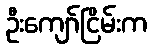
ဦးကျော်ငြိမ်းက